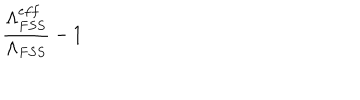
LaTeX: \frac { \Lambda _ { F S S } ^ { e f f } } { \Lambda _ { F S S } } - 1